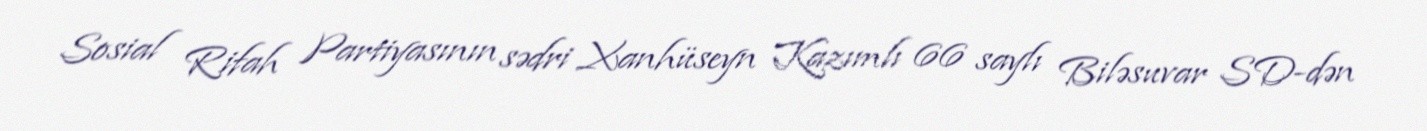
Sosial Rifah Partiyasının sədri Xanhüseyn Kazımlı 66 saylı Biləsuvar SD-dən